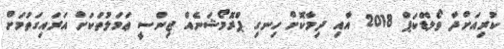
ކުރިއަށްދާ ވޯލްޑްކަޕް 2018 އާއި ދިމާކޮށް ހިނގި ޕްރޮމޯޝަނެއް ޖިންސީ ޢަމަލުތަކަށް އަރައިގަތުމަށް